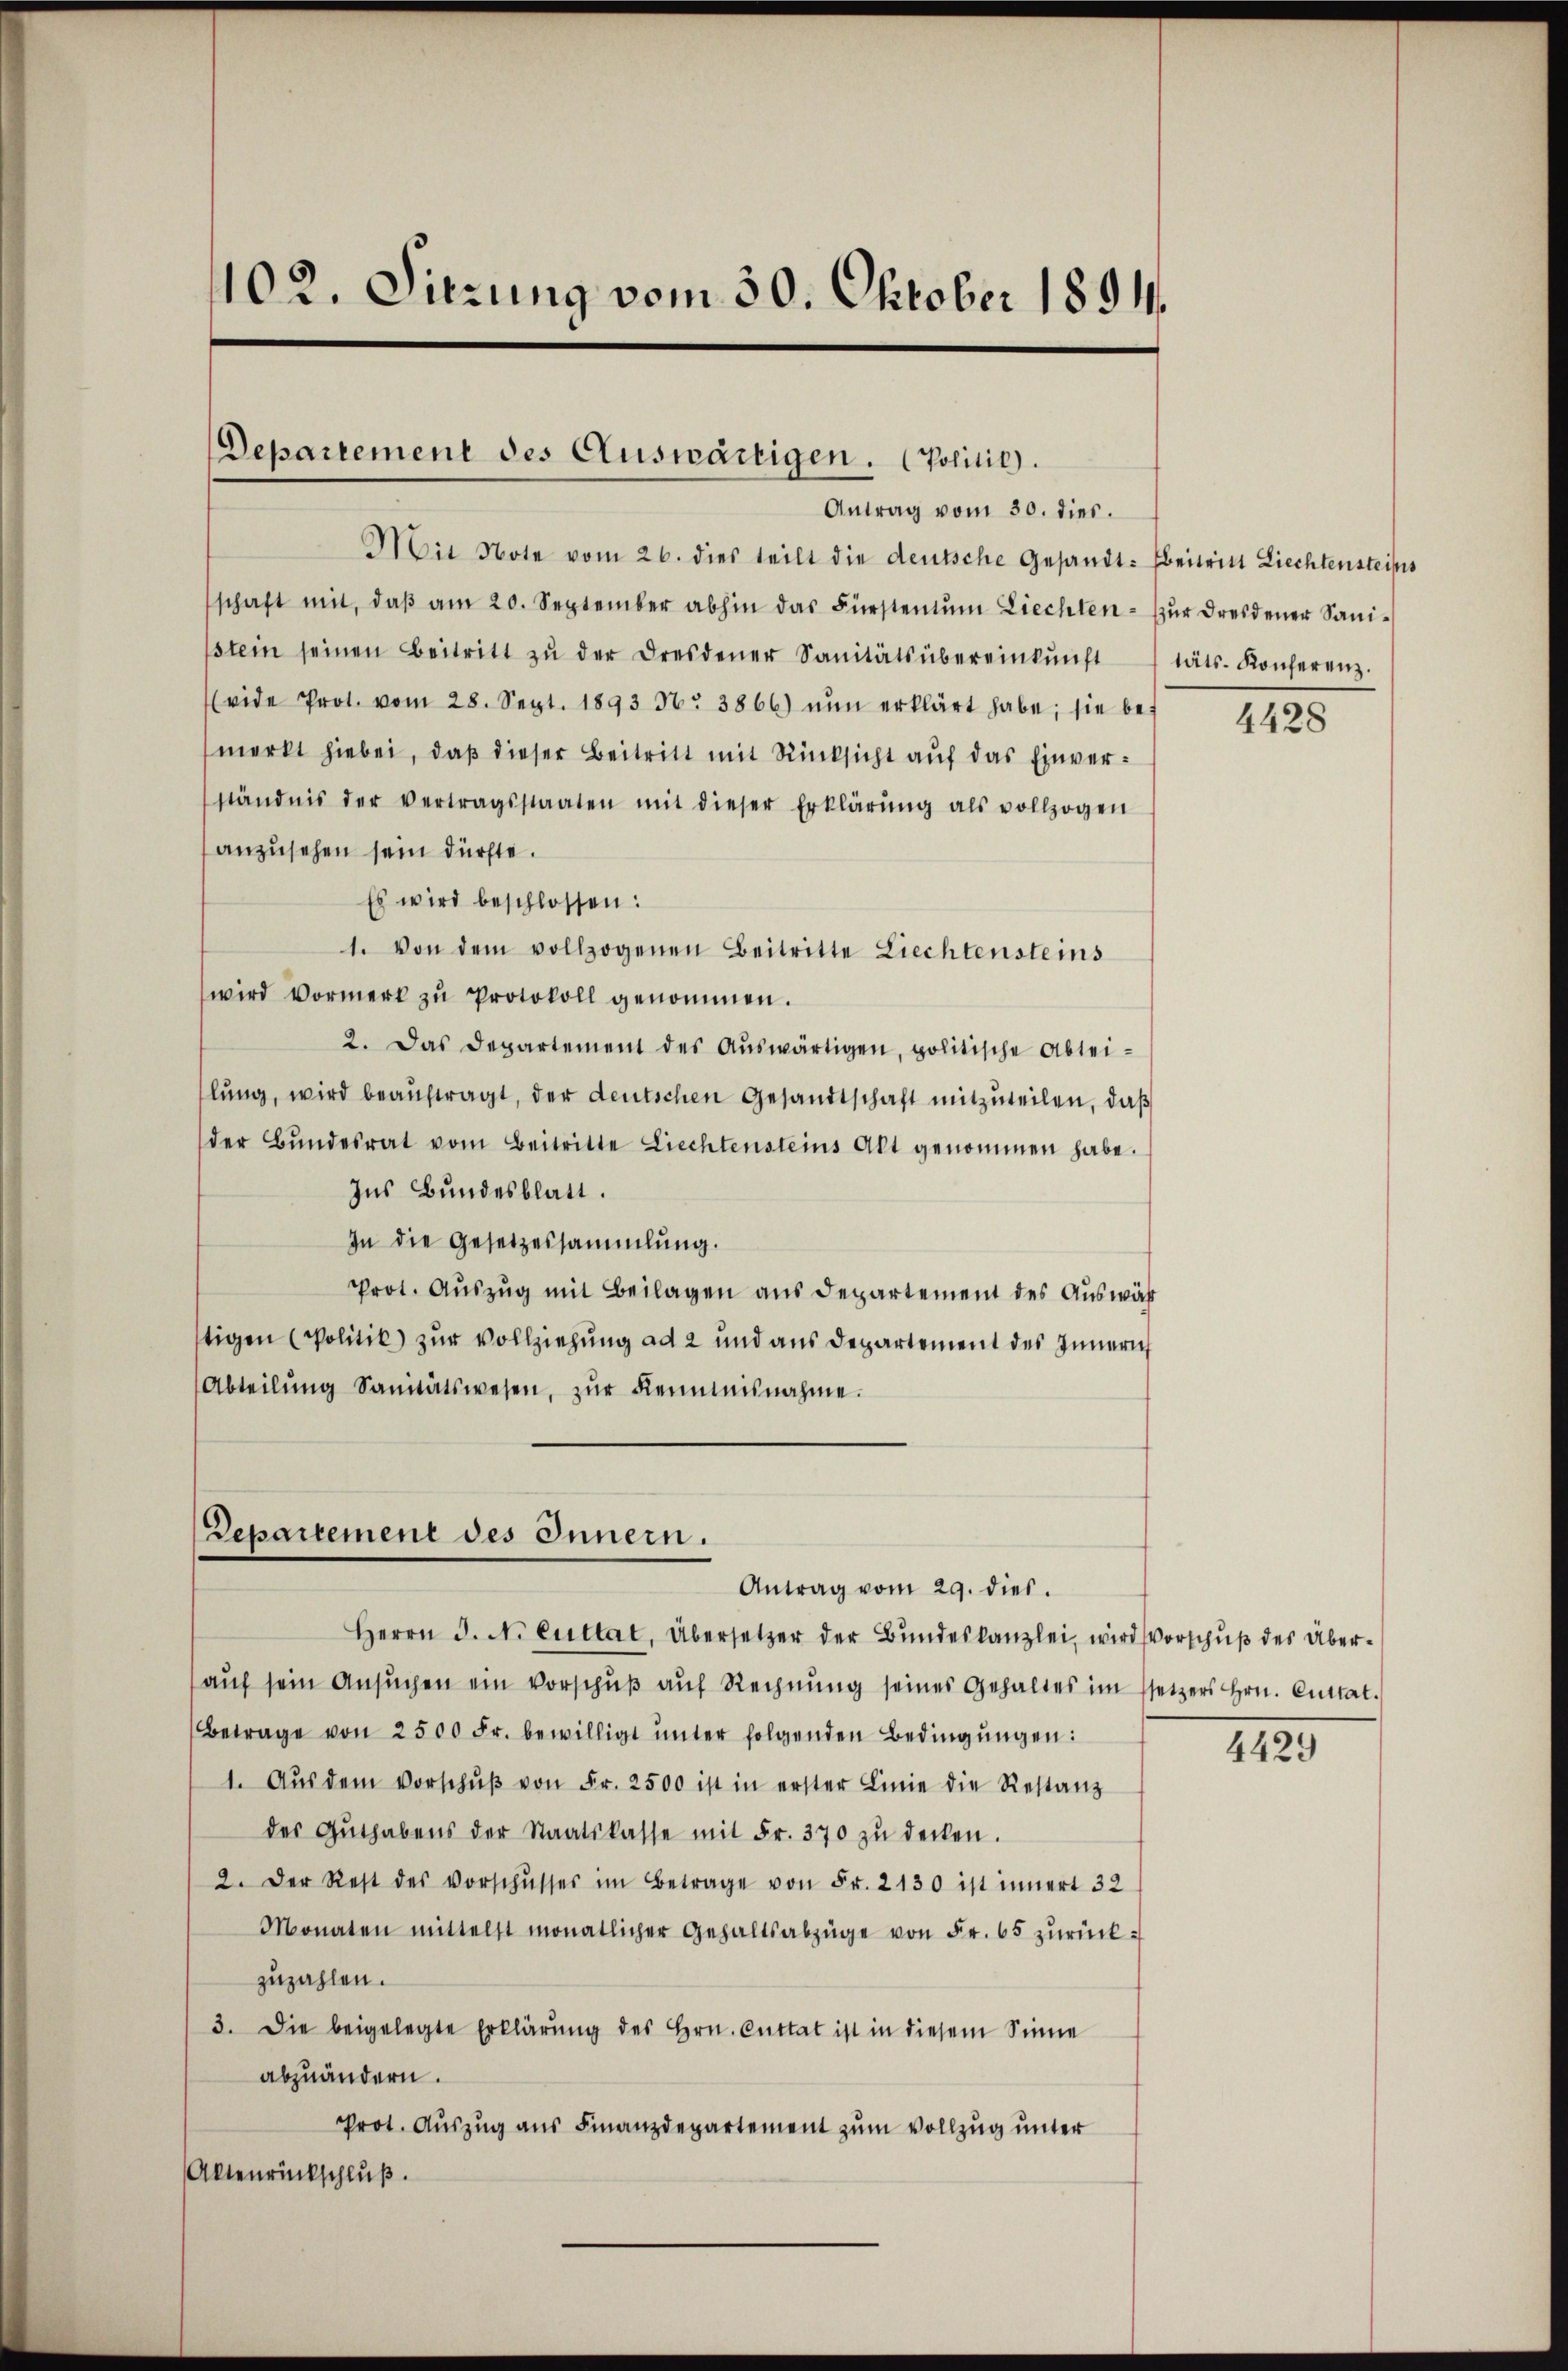
Antrag vom 30. dies.
Mit Note vom 26. dies teilt die deutsche Gesandt: Beitriel Liechtensteifes
schaft mit, daβ am 20. September abhin das Fürstentŭm Liechten zŭr dreidener Sani-
stein seinen Beitritt zŭ der Dresdener Sanitätsübereinkŭnft täts- Konferenz.
(vide Prot. vom 28. Sept. 1893 No 3866) nŭn erklärt habe; sie be-
merkt hiebei, daß dieser Beitritt mit Rücksicht auf das Einverständnis der vertragsstaaten mit dieser Erklärŭng als vollzogen
anzusehen sein dürfte.
Es wird beschlossen:
1. Von dem vollzogenen Beitritte Liechtensteins
wird Vormerk zŭ Protokoll genommen.
2. Das Departement des Aŭswärtigen, politische Abtei-
lŭng, wird beaŭftragt, der deutschen Gesandtschaft mitzŭteilen, daß
der Bŭndesrat vom Beitritte Liechtensteins Alt genommen habe.
Ins Bundesblatt.
In die Gesetzessammlung.
Prot. Auszug mit Beilagen aus Departement des Auswärtigen Politik zur Vollziehung ad 2 und aus Departement des Innern
Abteilŭng Sanitätswesen, zŭr Kenntnisnahme.

102. Sitzung vom 30. Oktober 1891.

Departement des Auswärtigen. (Politik.

Departemene des Innern.
Antrag vom 29. dies

Herrn J. N. Cultat, Übersetzer der Bundeskanzlei, wird vorschuß des Überaŭf sein Ansŭchen ein Vorschŭβ aŭf Rechnŭng seines Gehaltes im ssetzers Hrn. Cuttat.
Betrage von 2500 Fr. bewilligt ŭnter folgenden Bedingŭngen:
1. Aŭs dem Vorschŭβ von Fr. 2500 ist in erster Linie die Restanz
des Guthabens der Staatskasse mit Fr. 370 zŭ decken.
2. Der Rest des Vorschusses im Betrage von Fr. 2130 ist innert 32
Monaten mittelst monatlicher Gehaltsabzüge von Fr. 65 zŭrück-
zuzahlen.
3. Die beigelegte Erklärung des Hrn. Cuttat ist in diesem Sinne
abzuändern.
Prot. Auszug aus Finanzdepartement zum Vollzug unter
Altenrückschluß.

4428

4429